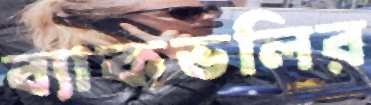
ব্যাকভলির